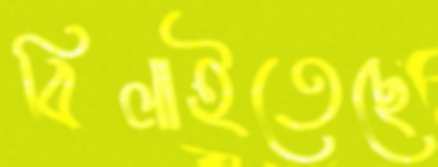
বিলাইতেছে